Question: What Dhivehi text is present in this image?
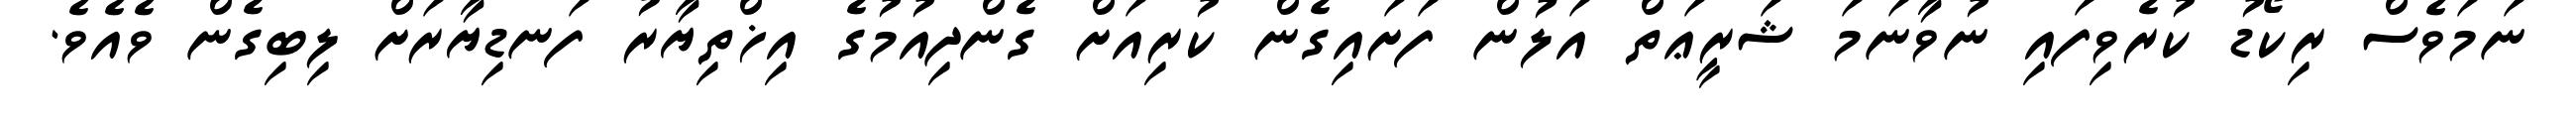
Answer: ނަމަވެސް ރިކޯޑު ކުރެވިފައި ނުވާނަމަ ޝަރީޢަތް އަލުން ފަށައިގެން ކުރިއަށް ގެންދިއުމުގެ އިޚްތިޔާރު ފަނޑިޔާރަށް ލިބިގެން ވެއެވެ.